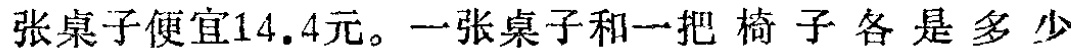
张桌子便宜14.4元。一张桌子和一把椅子各是多少